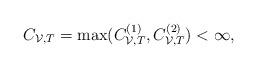
LaTeX: \begin{align*} C_{\mathcal{V},T} = \max(C_{\mathcal{V},T}^{(1)},C_{\mathcal{V},T}^{(2)})<\infty,\end{align*}